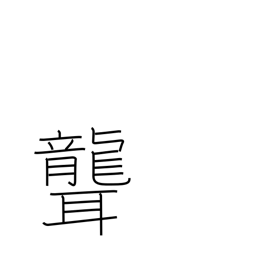
Meaning: deafen